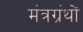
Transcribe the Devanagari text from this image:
मंत्रग्रंथों